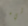
شيء